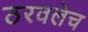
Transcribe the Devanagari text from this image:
ठरवलेच